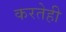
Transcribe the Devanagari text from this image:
करतेही